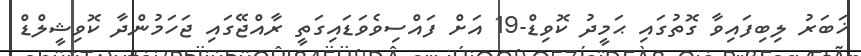
ޚަބަރު ލިބިފައިވާ ގޮތުގައި ޙަމީދު ކޮވިޑް-19 އަށް ފައްސިވެވަޑައިގަތީ ރާއްޖޭގައި ޖަހަމުންދާ ކޮވިޝީލްޑް